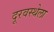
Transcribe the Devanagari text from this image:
दूरवस्थेला